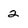
Character: 2